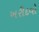
ખરીદવો